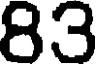
83